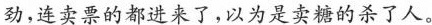
劲，连卖票的都进来了，以为是卖糖的杀了人。